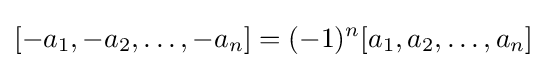
[-a_{1},-a_{2},\ldots ,-a_{n}]=(-1)^{n}[a_{1},a_{2},\ldots ,a_{n}]